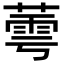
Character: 𬝷